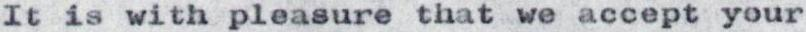
It is with pleasure that we accept your